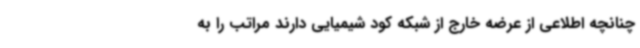
چنانچه اطلاعی از عرضه خارج از شبکه کود شیمیایی دارند مراتب را به